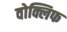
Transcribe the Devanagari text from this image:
वोक्लिफ